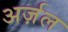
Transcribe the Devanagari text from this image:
अर्ज़ल